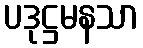
ပဒုဋ္ဌမနသာ